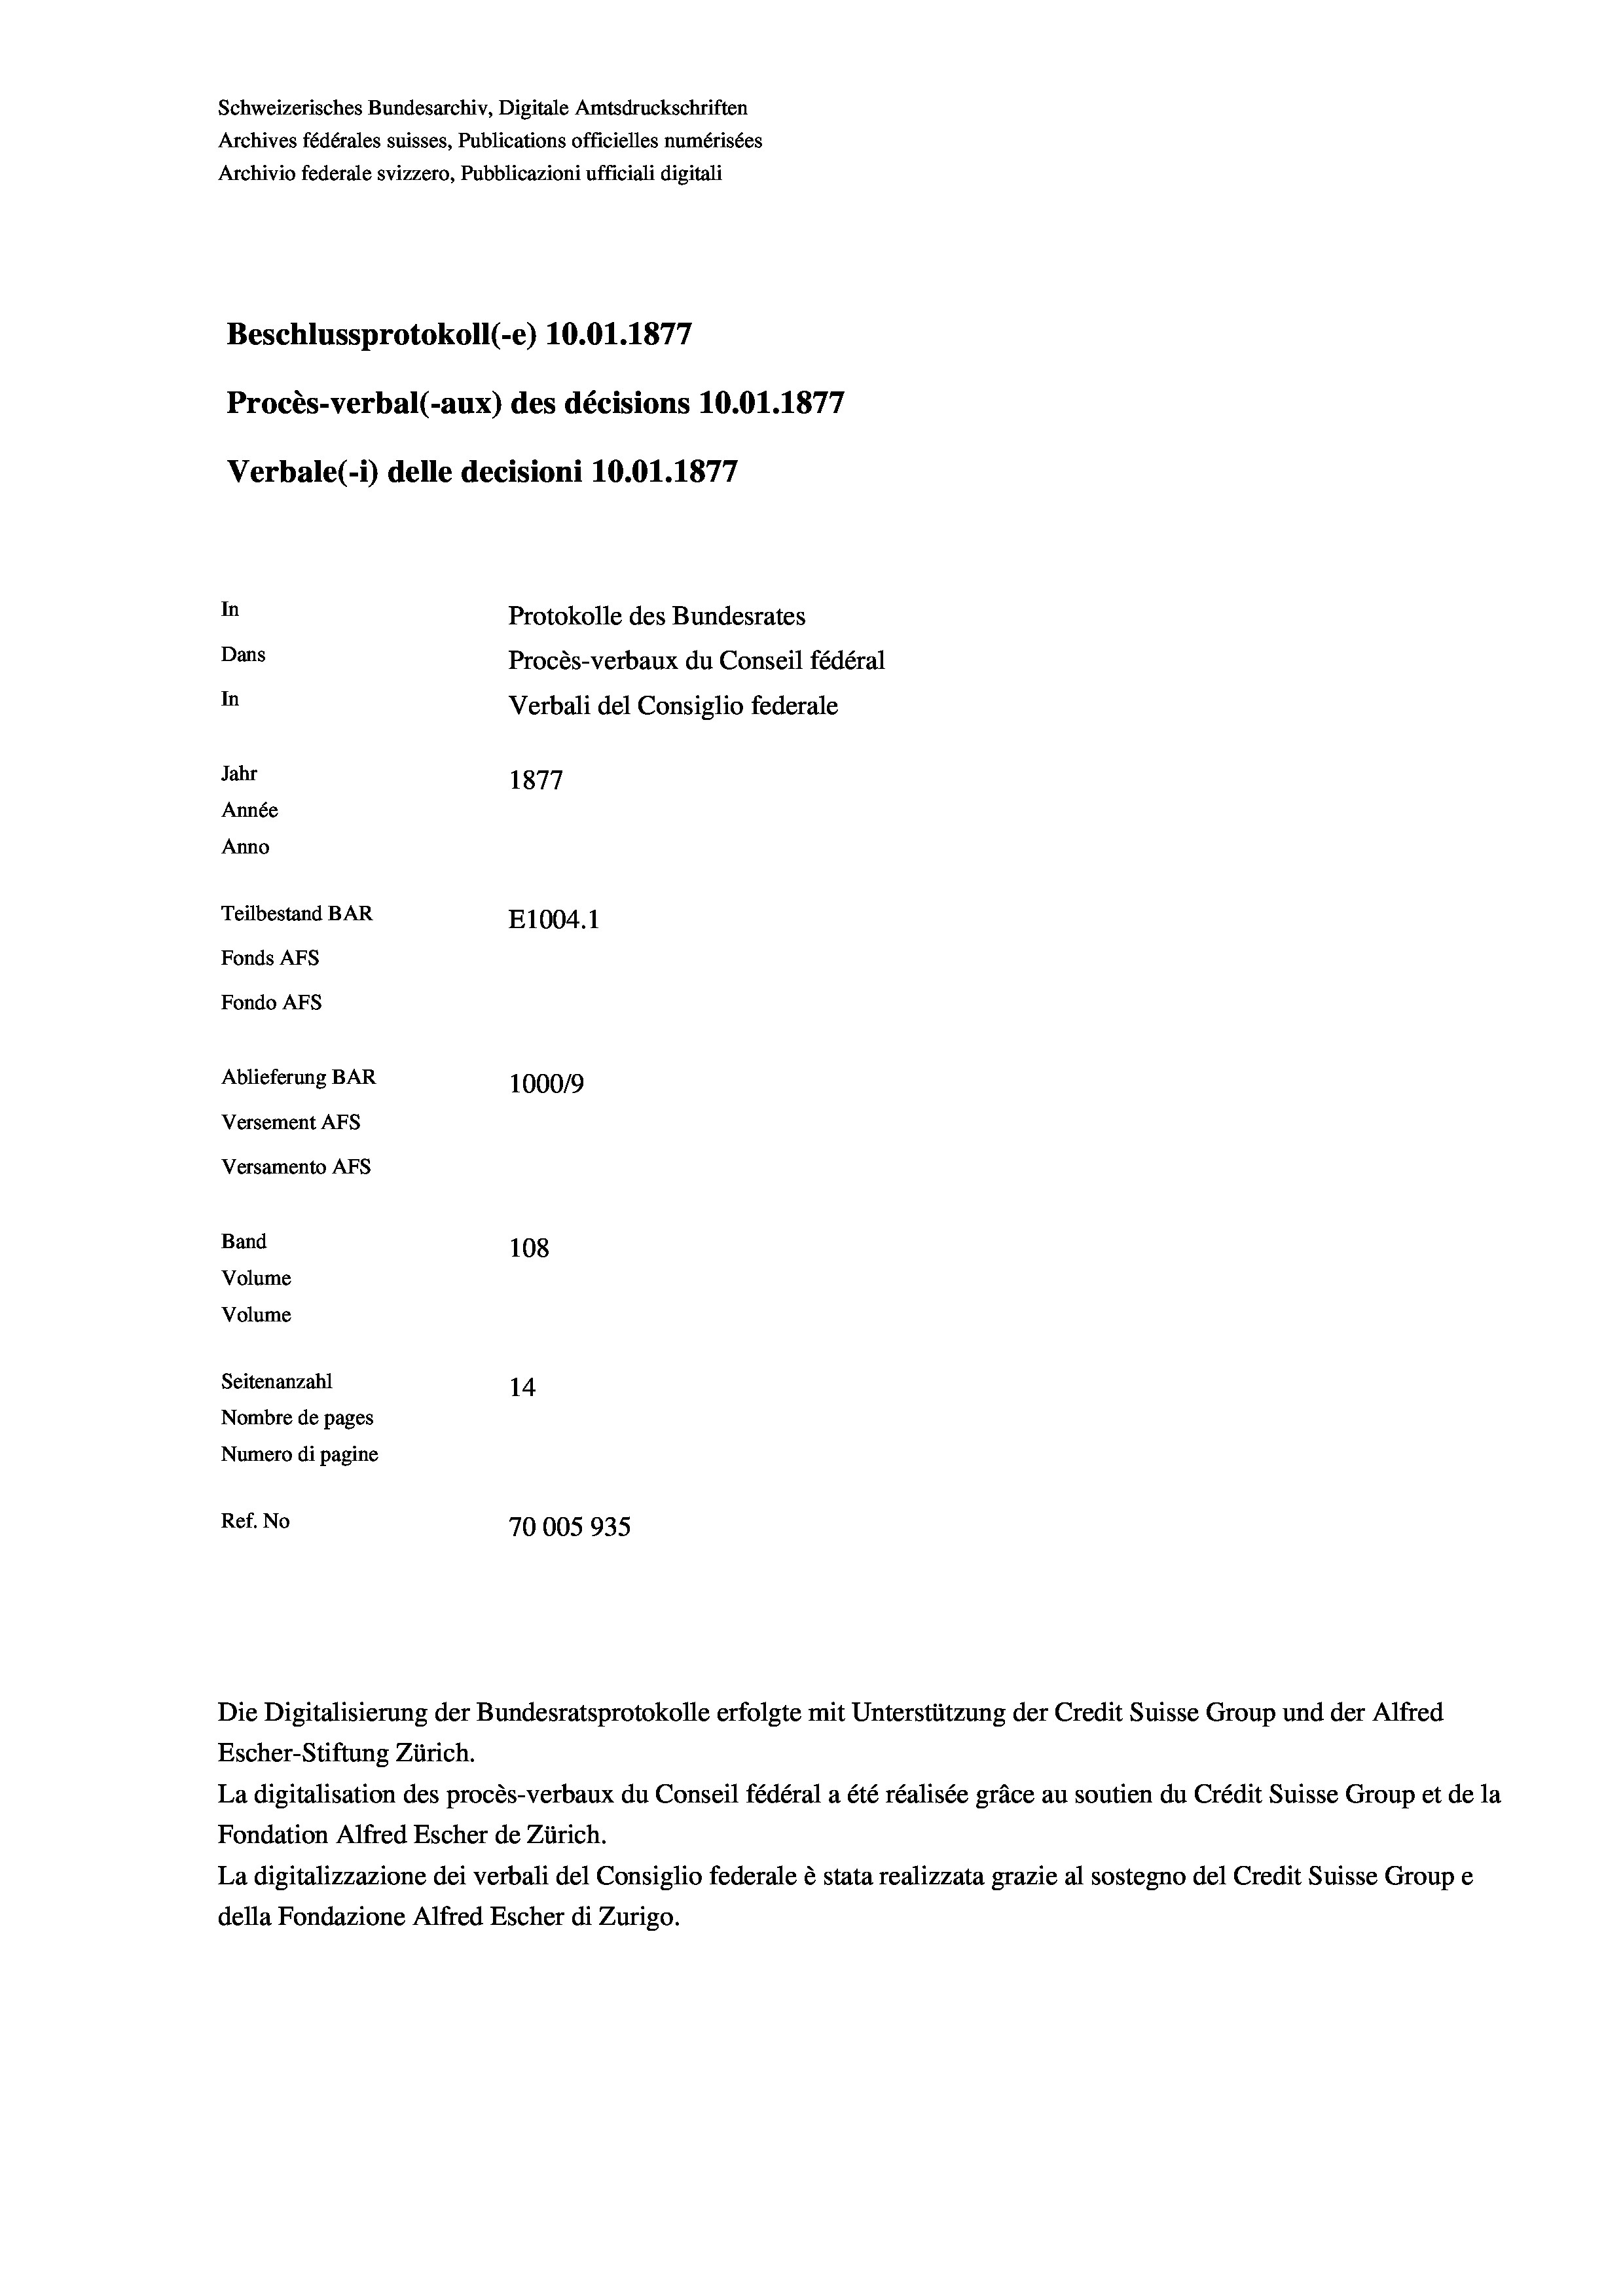
Schweizerisches Bundesarchiv, Digitale Amtsdruckschriften
Archives fédérales suisses, Publications officielles numérisées
Archivio federale svizzero, Pubblicazioni ufficiali digitali
Beschlussprotokoll (-e) 10.01.1877
Procès-verbal (-aux) des décisions 10.01.187/
Verbale(-*) delle decisioni 10.01. 1877
In
Protokolle des Bundesrates
Dans
Procès-verbaux du Conseil fédéral
In
Verbali del Consiglio federale
Jahr
1877
Année
Anno
Teilbestand BAR
E1004. 1
Fonds AFs
Fondo AFs
Ablieferung BAR
1000/9
Versement Abs
Versamento Afs

Band

Volume

108
Volume
Seitenanzahl
14
Nombre de pages
Numero di pagine
Ref. No
70005935

4

Die Digitalisierung der Bundesratsprotokolle erfolgte mit Unterstützung der Credit Suisse Group und der Alfred
Escher-Stiftung Zürich.
La digitalisation des procès-verbaux du Conseil fédéral a été réalisée gräce au soutien du Crédit Suisse Group et de la
Fondation Alfred Escher de Zürich.
La digitalizzazione dei verbali del Consiglio federale è stata realizzata grazie al sostegno del Credit Suisse Groupe
della Fondazione Alfred Escher di Zurigo.